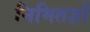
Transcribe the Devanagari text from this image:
निमितज्ञों